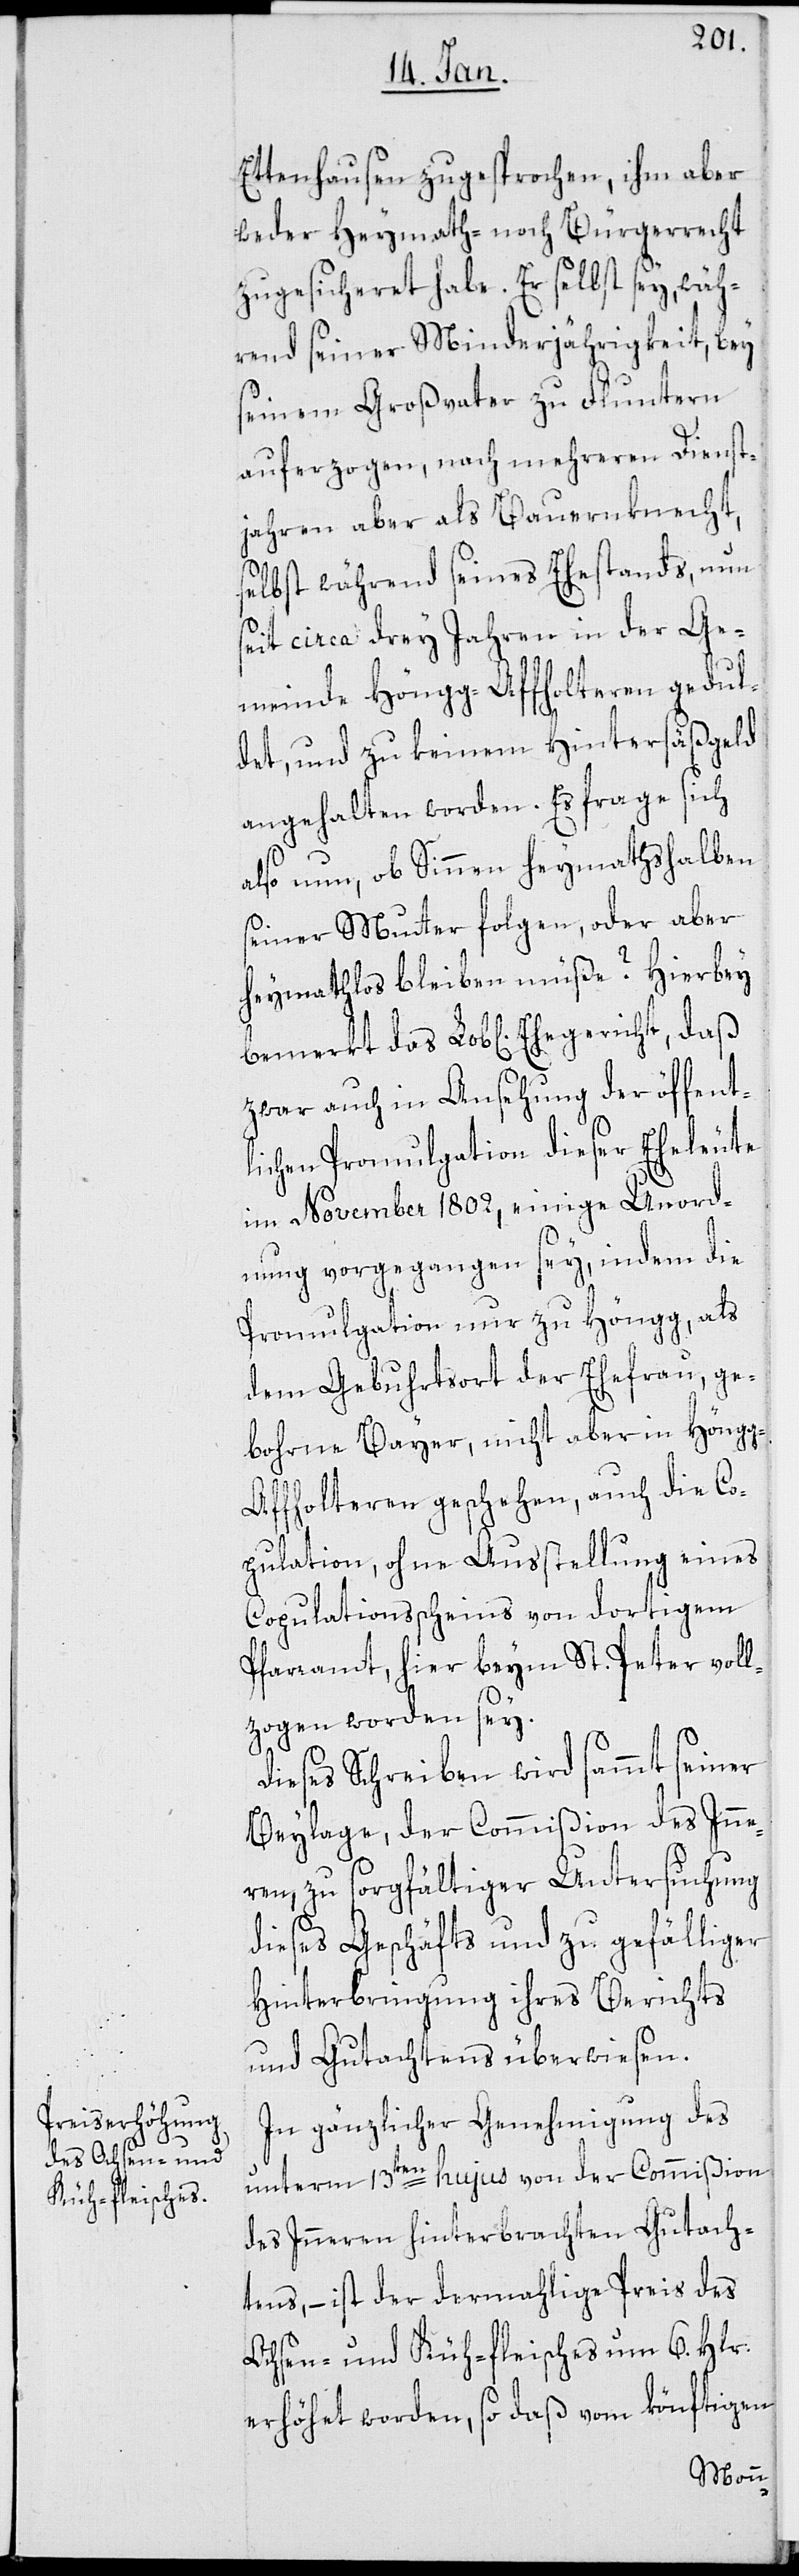
Ettenhausen zugesprochen, ihm aber
weder Heymath- noch Bürgerrecht
zugesicheret habe. Er selbst sey wäh¬
rend seiner Minderjährigkeit, bey
seinem Großvater zu Fluntern
auferzogen, nach mehreren Dienst¬
jahren aber als Bauernknecht,
selbst während seines Ehestands, nun
seit circa drey Jahren in der Ge¬
meinde Höngg-Affholteren gedul¬
det, und zu keinem Hintersäßgeld
angehalten worden. Es frage sich
also nun, ob Sinnen heymathshalben
seiner Mutter folgen, oder aber
heymathlos bleiben müße? Hierbey
zwar auch in Ansehung der öffent¬
lichen Promulgation dieser Eheleute
im November 1802, einige Unord¬
nung vorgegangen sey, indem die
Promulgation nur zu Höngg, als
dem Gebuhrtsort der Ehefrau, ge¬
bohrne Bayer, nicht aber in Höng¬
g-Affholteren geschehen, auch die Co¬
pulation ohne Ausstellung eines
Copulationsscheins von dortigem
Pfarramt, hier beym St. Peter vol¬
lzogen worden sey.
Dieses Schreiben wird sammt seiner
Beylage, der Commißion des Inne¬
ren zu sorgfältiger Untersuchung
dieses Geschäfts und zu gefälliger
Hinterbringung ihres Berichts
und Gutachtens überwiesen.
In gänzlicher Genehmigung des
unterm 13ten hujus von der Commißion
des Inneren hinterbrachten Gutach¬
tens, – ist der dermahlige Preis des
Ochsen- und Kuh-Fleisches um 6. Hlr.
erhöhet worden, so daß vom könftigen